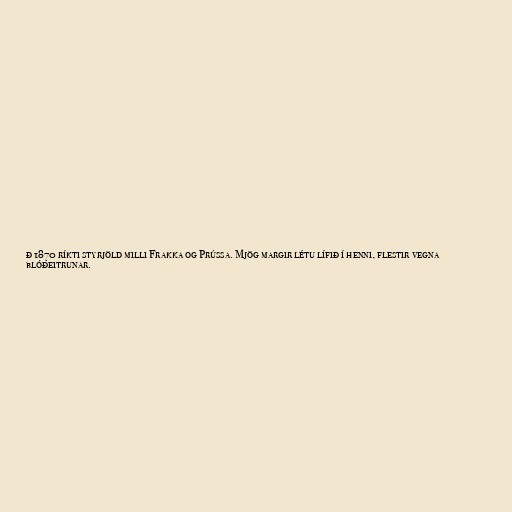
ð 1870 ríkti styrjöld milli Frakka og Prússa. Mjög margir létu lífið í henni, flestir vegna
blóðeitrunar.